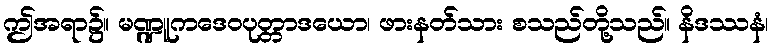
ဤအရာ၌။ မဏ္ဍူကဒေဝပုတ္တာဒယော၊ ဖားနတ်သား စသည်တို့သည်။ နိဒဿနံ၊